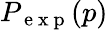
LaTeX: P_{\mathrm{~e~x~p~}}(p)